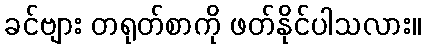
ခင်ဗျား တရုတ်စာကို ဖတ်နိုင်ပါသလား။